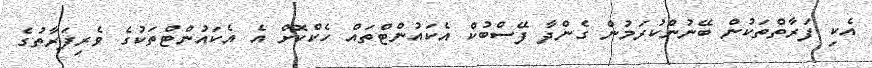
އެކި ފަރާތްތަކުން ބޭނުންކުރަމުން ގެންދާ ފޭސްބުކް އެކައުންޓްތައް ހެކްކޮށް އެ އެކައުންޓްތަކުގެ ވެރިފަރާތުގެ